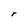
Character: r